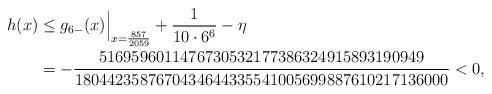
LaTeX: \begin{align*}h(x)&\le g_{6-}(x)\Bigr|_{x=\frac{857}{2059}} + \frac1{10\cdot 6^6}- \eta\\&=-\frac{5169596011476730532177386324915893190949}{1804423587670434644335541005699887610217136000}<0,\end{align*}